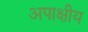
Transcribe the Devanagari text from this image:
अपाक्षीय